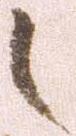
之